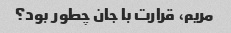
مریم، قرارت با جان چطور بود؟